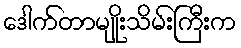
ဒေါက်တာမျိုးသိမ်းကြီးက